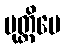
မုတ္တိပေ